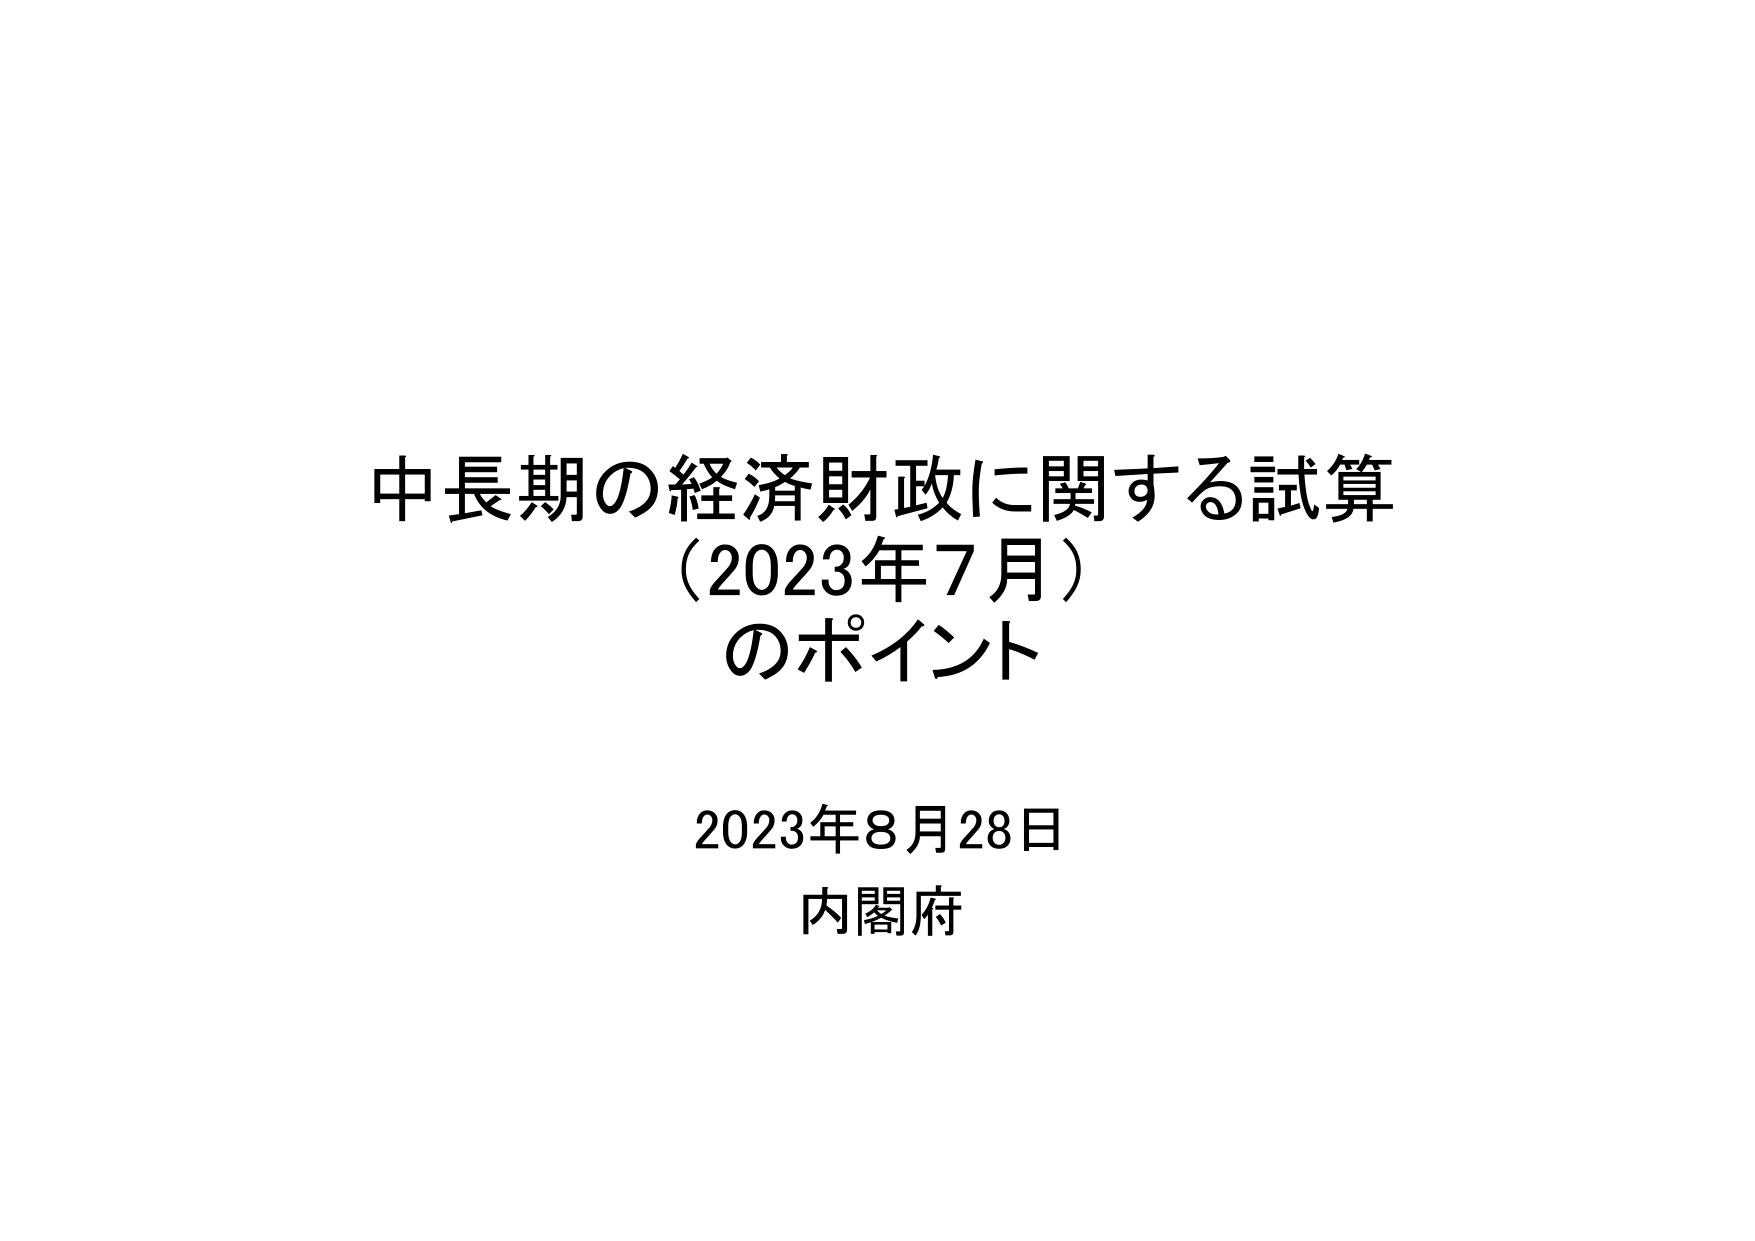
中長期の経済財政に関する試算
（2023年7月）
のポイント

2023年8月28日
内閣府